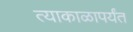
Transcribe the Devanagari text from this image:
त्याकाळापर्यंत